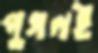
পুগলই